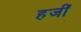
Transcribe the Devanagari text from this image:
हजीं